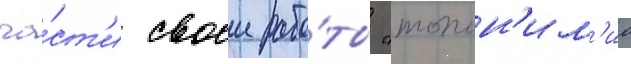
ча́ст'и своеи рабо́ты "топон'им'иа